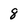
Character: 8